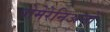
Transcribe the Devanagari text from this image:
पोमेरेनिअनों